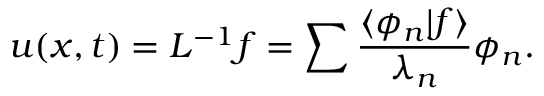
u ( x , t ) = { \cal L } ^ { - 1 } f = \sum \frac { \langle \phi _ { n } | f \rangle } { \lambda _ { n } } \phi _ { n } .